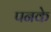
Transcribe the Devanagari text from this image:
पनके